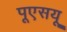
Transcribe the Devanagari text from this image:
पूएसयू